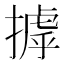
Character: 摢